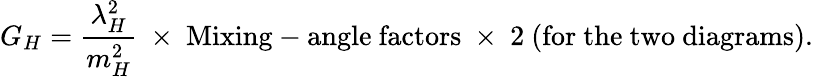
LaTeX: G_{H}=\frac{\lambda_{H}^{2}}{m_{H}^{2}}\mathrm{~\times~Mixing-angle~factors~\times~2~(for~the~two~diagrams).}